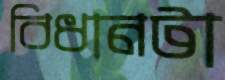
বিধানটা